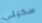
سكيني